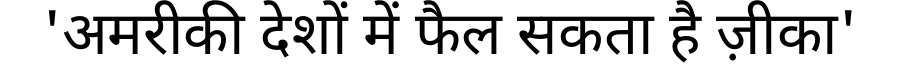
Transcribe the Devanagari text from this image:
'अमरीकी देशों में फैल सकता है ज़ीका'